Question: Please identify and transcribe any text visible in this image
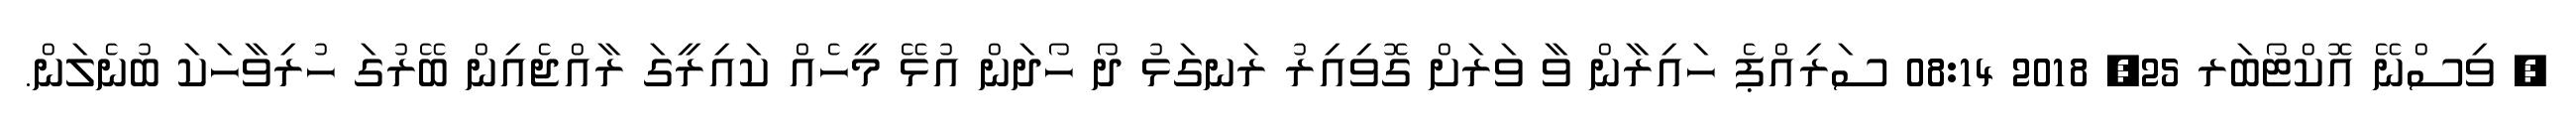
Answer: ? ވިސްނޭ އޮކްޓޯބަރ 25, 2018 08:14 ސަރިއްޕެ ހައިރާން ވާ ވަރަށް ގޮވިއިރު ރަނގަޅު ދޯ ހޯދަން އުޅޭ މީހެއް ކައިރީގަ ރާއްޖެއިން ބޭރުގަ ހުރިވާހަކަ ބުނެލަން.